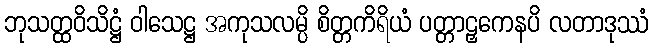
ဘုသတ္ထဝိသိဋ္ဌံ ဝါသေဋ္ဌ အကုသလမ္ပိ စိတ္တကိရိယံ ပတ္တာဠှကေနပိ လတာဒုဿံ